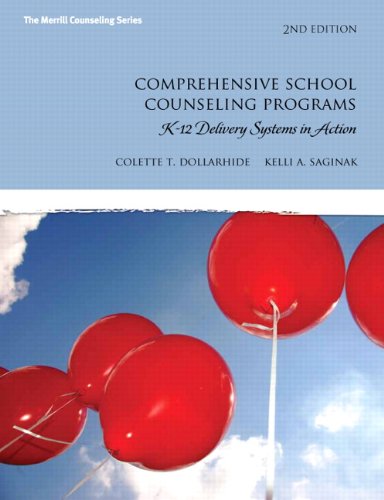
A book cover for Comprehensive School Counseling Programs: K-12 Delivery Systems in Action (2nd Edition) (The Merrill Counseling Series); Colette T. Dollarhide; Education & Teaching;